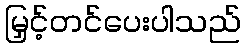
မြှင့်တင်ပေးပါသည်